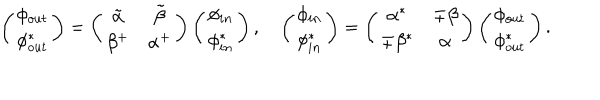
\left( \begin{array} { c } { { \phi _ { o u t } } } \\ { { \phi _ { o u t } ^ { * } } } \\ \end{array} \right) = \left( \begin{array} { c c } { { \tilde { \alpha } } } & { { \tilde { \beta } } } \\ { { \beta ^ { + } } } & { { \alpha ^ { + } } } \\ \end{array} \right) \left( \begin{array} { c } { { \phi _ { i n } } } \\ { { \phi _ { i n } ^ { * } } } \\ \end{array} \right) , \quad \left( \begin{array} { c } { { \phi _ { i n } } } \\ { { \phi _ { i n } ^ { * } } } \\ \end{array} \right) = \left( \begin{array} { c c } { { \alpha ^ { * } } } & { { \mp \beta } } \\ { { \mp \beta ^ { * } } } & { { \alpha } } \\ \end{array} \right) \left( \begin{array} { c } { { \phi _ { o u t } } } \\ { { \phi _ { o u t } ^ { * } } } \\ \end{array} \right) .